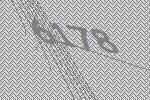
6178